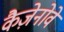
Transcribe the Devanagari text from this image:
कैज़ेनोवे